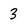
Character: 3